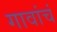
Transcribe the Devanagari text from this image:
गावांचं